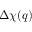
\Delta \chi ( q )